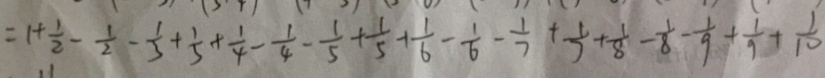
= 1 + \frac { 1 } { 2 } - \frac { 1 } { 2 } - \frac { 1 } { 3 } + \frac { 1 } { 3 } + \frac { 1 } { 4 } - \frac { 1 } { 4 } - \frac { 1 } { 5 } + \frac { 1 } { 5 } + \frac { 1 } { 6 } - \frac { 1 } { 6 } - \frac { 1 } { 7 } + \frac { 1 } { 7 } + \frac { 1 } { 8 } - \frac { 1 } { 8 } - \frac { 1 } { 9 } + \frac { 1 } { 9 } + \frac { 1 } { 1 0 }